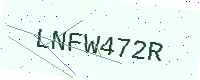
Text: LNFW472R